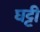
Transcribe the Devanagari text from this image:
घट्टी